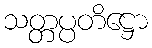
သတ္တပ္ပတိဋ္ဌော